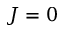
J = 0